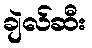
ချဲလ်ဆီး